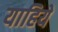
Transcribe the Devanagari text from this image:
याहिये